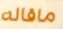
ماقاله